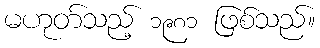
မဟုတ်သည့် ၁၉၈၁ ဖြစ်သည်။